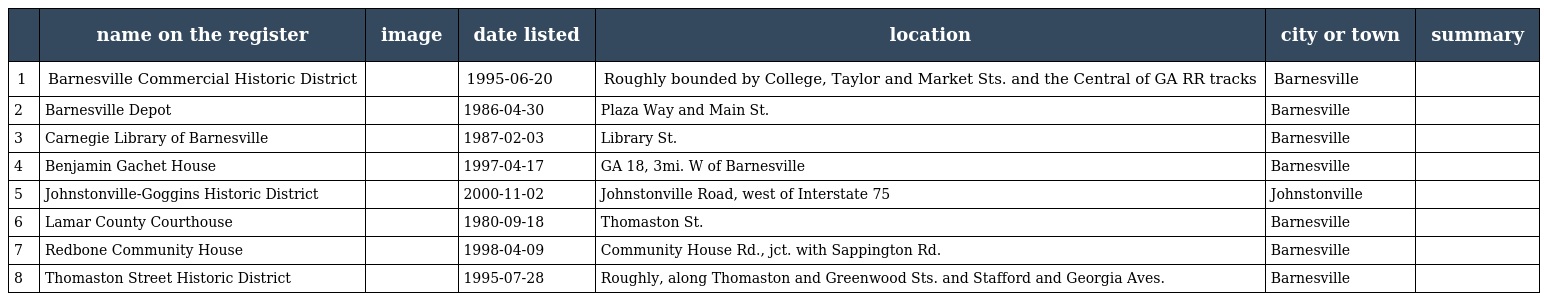
|  | name on the register | image | date listed | location | city or town | summary |
 | --- | --- | --- | --- | --- | --- | --- |
 | 1 | Barnesville Commercial Historic District |  | 1995-06-20 | Roughly bounded by College, Taylor and Market Sts. and the Central of GA RR tracks | Barnesville |  |
 | 2 | Barnesville Depot |  | 1986-04-30 | Plaza Way and Main St. | Barnesville |  |
 | 3 | Carnegie Library of Barnesville |  | 1987-02-03 | Library St. | Barnesville |  |
 | 4 | Benjamin Gachet House |  | 1997-04-17 | GA 18, 3mi. W of Barnesville | Barnesville |  |
 | 5 | Johnstonville-Goggins Historic District |  | 2000-11-02 | Johnstonville Road, west of Interstate 75 | Johnstonville |  |
 | 6 | Lamar County Courthouse |  | 1980-09-18 | Thomaston St. | Barnesville |  |
 | 7 | Redbone Community House |  | 1998-04-09 | Community House Rd., jct. with Sappington Rd. | Barnesville |  |
 | 8 | Thomaston Street Historic District |  | 1995-07-28 | Roughly, along Thomaston and Greenwood Sts. and Stafford and Georgia Aves. | Barnesville |  |